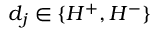
d _ { j } \in \{ H ^ { + } , H ^ { - } \}